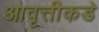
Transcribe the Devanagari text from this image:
आवृत्तीकडे